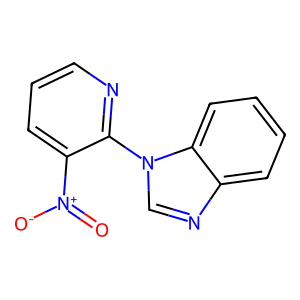
SMILES: O=[N+]([O-])c1cccnc1-n1cnc2ccccc21
Inhibits HIV replication: No